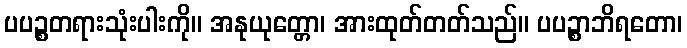
ပပဉ္စတရားသုံးပါးကို။ အနုယုတ္တော၊ အားထုတ်တတ်သည်။ ပပဉ္စာဘိရတော၊